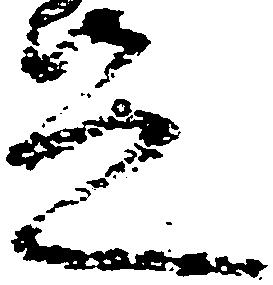
足